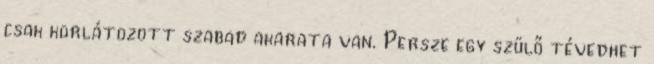
csak korlátozott szabad akarata van. Persze egy szülő tévedhet